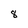
Character: 8